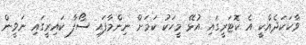
ވާހަކަދެއްކީ އެ ކޮޓަރީގައި އުޅޭ މީހަކު ކަމަށް ނިންމާފައި ސޯފާ ކައިރީގައި ނަވީން